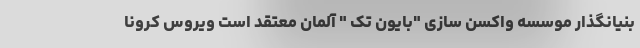
بنیانگذار موسسه واکسن سازی "بایون تک " آلمان معتقد است ویروس کرونا